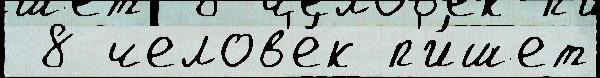
 8 челов'е́к п'и́шет